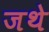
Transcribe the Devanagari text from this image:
जथे